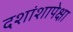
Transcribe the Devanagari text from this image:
दशांशापेक्षा